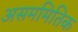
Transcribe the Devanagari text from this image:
असममितिक